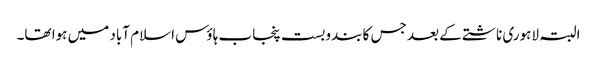
البتہ لاہوری ناشتے کے بعد جس کا بندوبست پنجاب ہاؤس اسلام آباد میں ہوا تھا۔